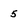
Character: 5